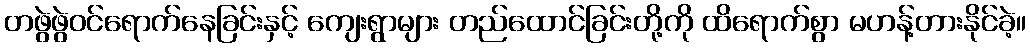
တဖွဲဖွဲဝင်ရောက်နေခြင်းနှင့် ကျေးရွာများ တည်ထောင်ခြင်းတို့ကို ထိရောက်စွာ မဟန့်တားနိုင်ခဲ့။